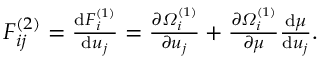
\begin{array} { r } { F _ { i j } ^ { ( 2 ) } = \frac { \mathrm d F _ { i } ^ { ( 1 ) } } { \mathrm d u _ { j } } = \frac { \partial \varOmega _ { i } ^ { ( 1 ) } } { \partial u _ { j } } + \frac { \partial \varOmega _ { i } ^ { ( 1 ) } } { \partial \mu } \frac { \mathrm d \mu } { \mathrm d u _ { j } } . } \end{array}